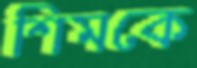
শিমকে